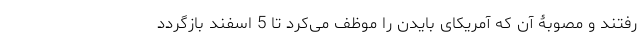
رفتند و مصوبۀ آن که آمریکای بایدن را موظف می‌کرد تا 5 اسفند بازگردد